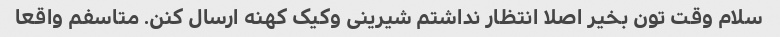
سلام وقت تون بخیر اصلا انتظار نداشتم شیرینی و‌کیک کهنه ارسال کنن. متاسفم واقعا